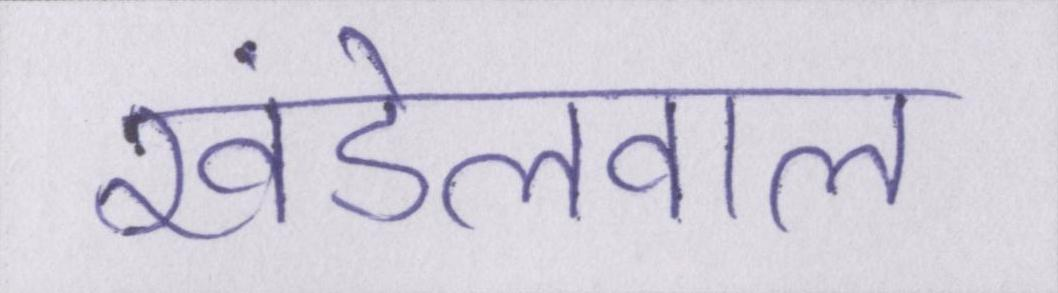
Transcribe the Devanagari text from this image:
खंडेलवाल